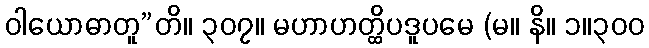
ဝါယောဓာတူ”တိ။ ၃၀၇။ မဟာဟတ္ထိပဒူပမေ (မ။ နိ။ ၁။၃၀၀